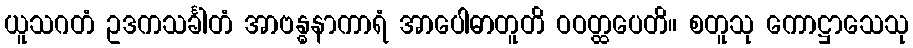
ယူသဂတံ ဥဒကသင်္ခါတံ အာဗန္ဓနာကာရံ အာပေါဓာတူတိ ဝဝတ္ထပေတိ။ စတူသု ကောဋ္ဌာသေသု